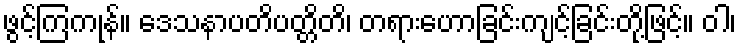
ဖွင့်ကြကုန်။ ဒေသနာပတိပတ္တိတိ၊ တရားဟောခြင်းကျင့်ခြင်းတို့ဖြင့်။ ဝါ၊